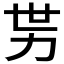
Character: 𱐭